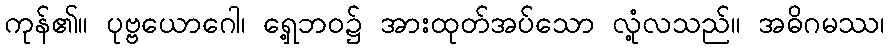
ကုန်၏။ ပုဗ္ဗယောဂေါ၊ ရှေ့ဘဝ၌ အားထုတ်အပ်သော လုံ့လသည်။ အဓိဂမဿ၊